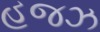
હજઝ